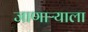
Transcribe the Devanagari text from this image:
जाणाऱ्याला